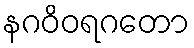
နဂဝိဝရဂတော